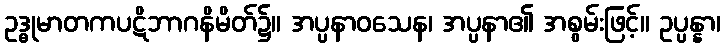
ဥဒ္ဓုမာတကပဋိဘာဂနိမိတ်၌။ အပ္ပနာဝသေန၊ အပ္ပနာ၏ အစွမ်းဖြင့်။ ဥပ္ပန္နာ၊